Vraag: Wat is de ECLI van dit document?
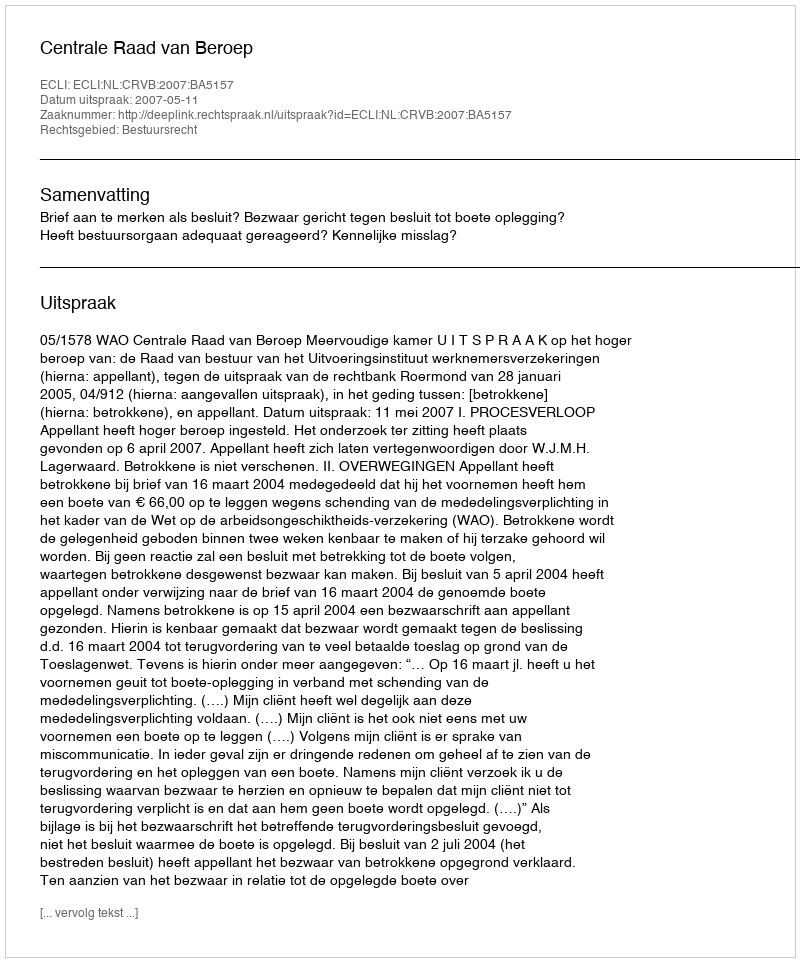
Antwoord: ECLI:NL:CRVB:2007:BA5157